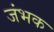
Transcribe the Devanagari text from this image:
जंभक